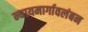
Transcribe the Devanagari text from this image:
न्यायमार्गावलंबन